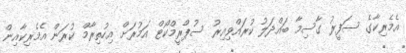
އެމެރިކާގެ ސަފީރު ގާސިމާ ބައްދަލު ކުރައްވިއިރު ސުޕްރީމްކޯޓް އަމުރަށް އިހުތިރާމް ކުރަން އެމެރިކާއިން